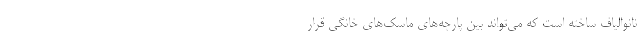
نانوالیاف ساخته است که می‌تواند بین پارچه‌های ماسک‌های خانگی قرار